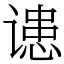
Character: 䜨